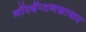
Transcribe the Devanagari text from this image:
नॉरदॅप्टनशायर